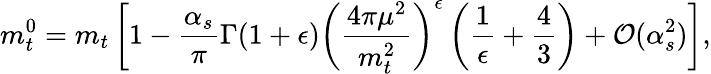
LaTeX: m_{t}^{0}=m_{t}\left[1-\frac{\alpha_{s}}{\pi}\Gamma(1+\epsilon)\left(\frac{4\pi\mu^{2}}{m_{t}^{2}}\right)^{\epsilon}\left(\frac{1}{\epsilon}+\frac{4}{3}\right)+{\cal O}(\alpha_{s}^{2})\right],